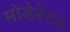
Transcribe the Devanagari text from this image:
मोडेरेटर